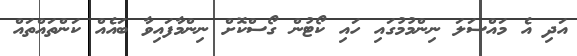
އަދި އެ މައްސަލަ ނިންމުމުގައި ހައި ކޯޓުން ގޯސްކޮށް ނިންމާފައިވާ ބައެއް ކަންތައްތައް